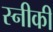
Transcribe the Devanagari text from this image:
स्नीकी